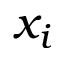
x _ { i }